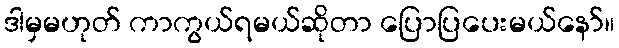
ဒါမှမဟုတ် ကာကွယ်ရမယ်ဆိုတာ ပြောပြပေးမယ်နော်။